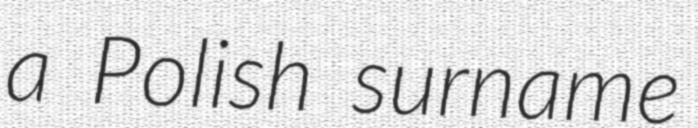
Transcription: a Polish surname